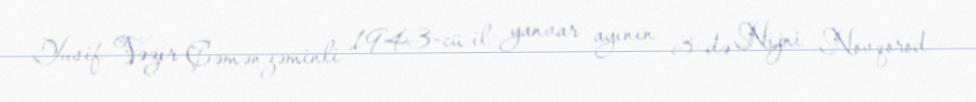
Yusif Vəzir Çəmənzəminli 1943-cü il yanvar ayının 3-də Nijni Novqorod